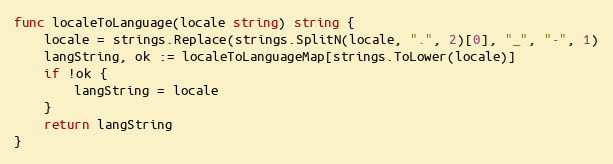
Language: Go
func localeToLanguage(locale string) string {
	locale = strings.Replace(strings.SplitN(locale, ".", 2)[0], "_", "-", 1)
	langString, ok := localeToLanguageMap[strings.ToLower(locale)]
	if !ok {
		langString = locale
	}
	return langString
}